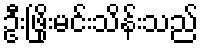
ဦးဖြိုးမင်းသိန်းသည်